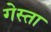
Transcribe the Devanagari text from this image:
गेस्ता